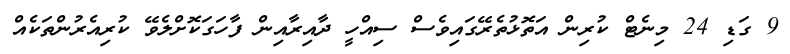
9 ގަޑި 24 މިނެޓް ކުރިން އަތޮޅުތެރޭގައިވެސް ސިއްހީ ދާއިރާއިން ފާހަގަކޮށްލެވޭ ކުރިއެރުންތަކެއް